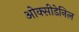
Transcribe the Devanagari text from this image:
ओक्सीडेनिल